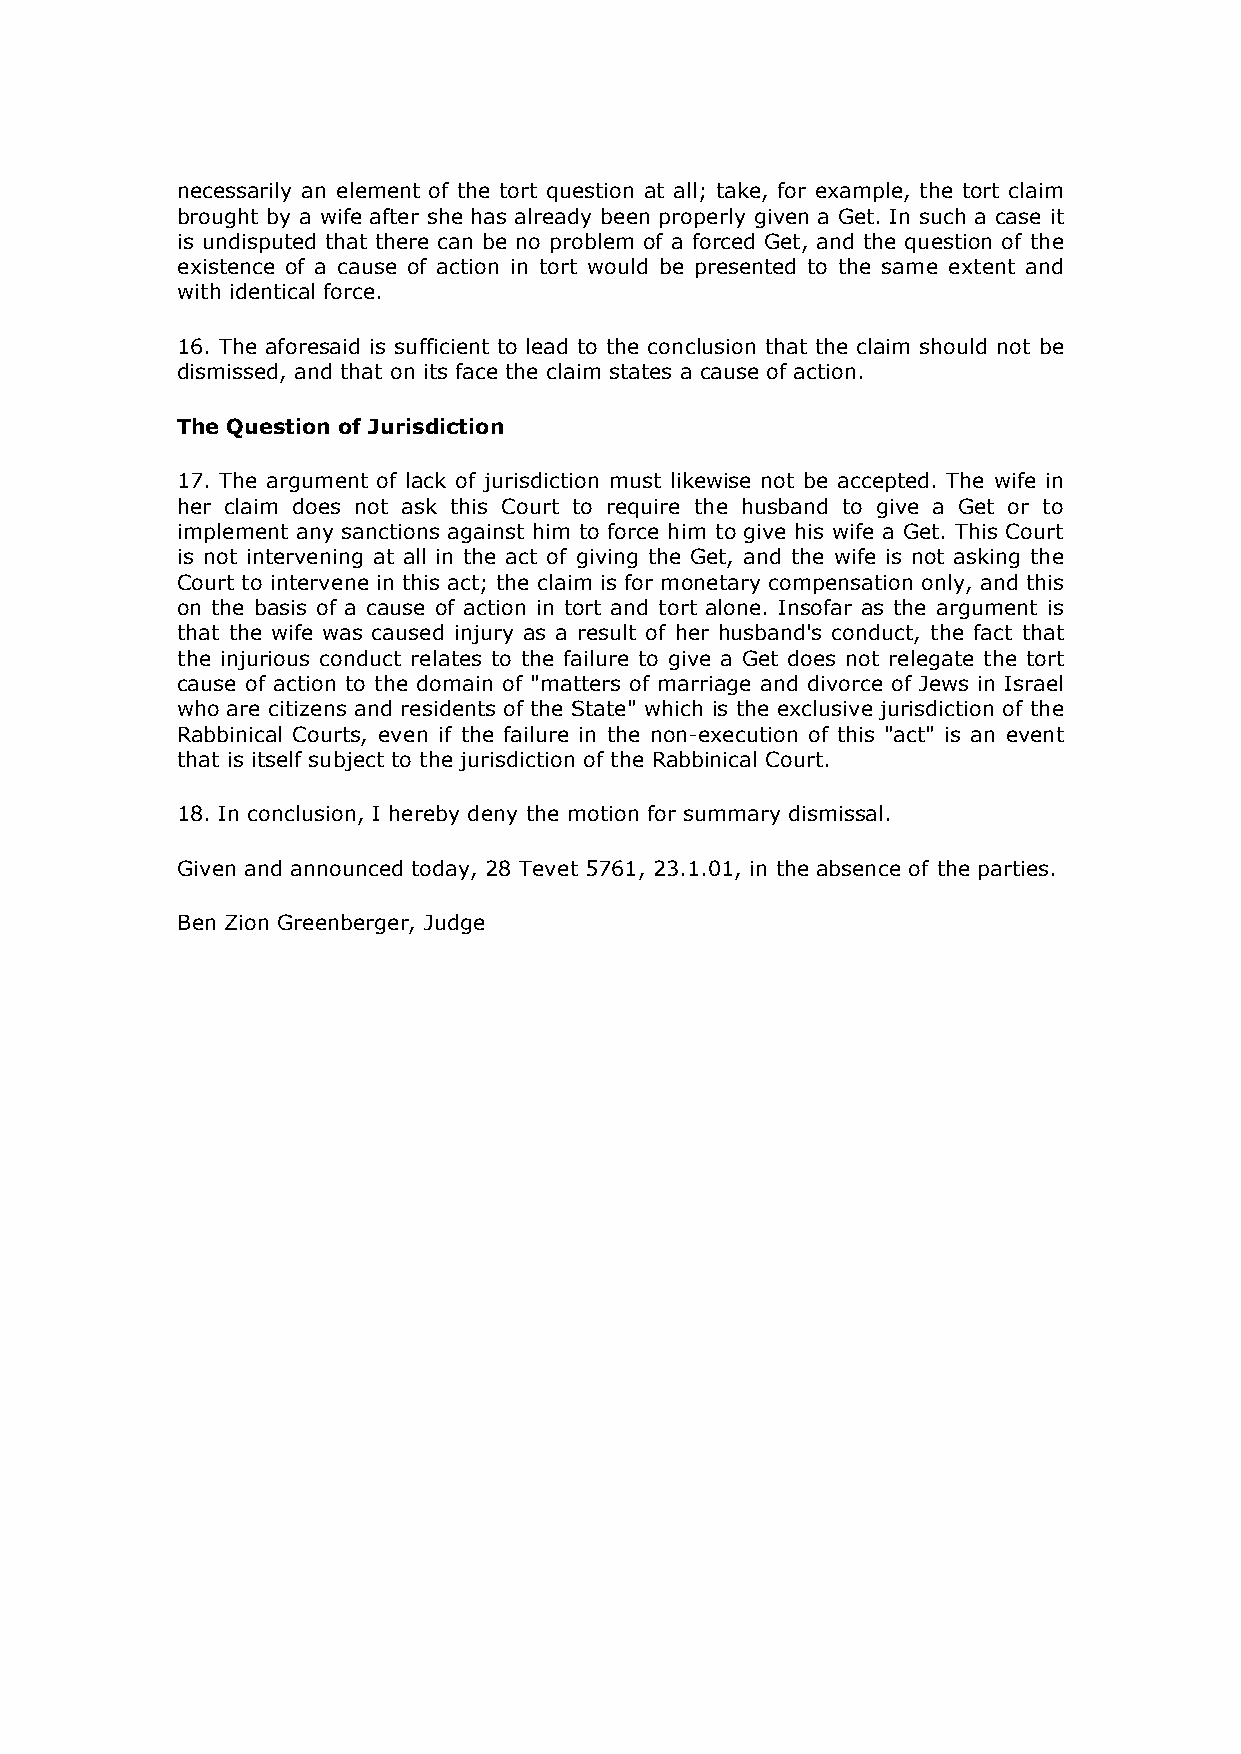
necessarily an element of the tort question at all; take, for example, the tort claim
 brought by a wife after she has already been properly given a Get. In such a case it
 is undisputed that there can be no problem of a forced Get, and the question of the
 existence of a cause of action in tort would be presented to the same extent and
 with identical force.
 16. The aforesaid is sufficient to lead to the conclusion that the claim should not be
 dismissed, and that on its face the claim states a cause of action.
 The Question of Jurisdiction
 17. The argument of lack of jurisdiction must likewise not be accepted. The wife in
 her claim does not ask this Court to require the husband to give a Get or to
 implement any sanctions against him to force him to give his wife a Get. This Court
 is not intervening at all in the act of giving the Get, and the wife is not asking the
 Court to intervene in this act; the claim is for monetary compensation only, and this
 on the basis of a cause of action in tort and tort alone. Insofar as the argument is
 that the wife was caused injury as a result of her husband's conduct, the fact that
 the injurious conduct relates to the failure to give a Get does not relegate the tort
 cause of action to the domain of "matters of marriage and divorce of Jews in Israel
 who are citizens and residents of the State" which is the exclusive jurisdiction of the
 Rabbinical Courts, even if the failure in the non-execution of this "act" is an event
 that is itself subject to the jurisdiction of the Rabbinical Court.
 18. In conclusion, I hereby deny the motion for summary dismissal.
 Given and announced today, 28 Tevet 5761, 23.1.01, in the absence of the parties.
 Ben Zion Greenberger, Judge